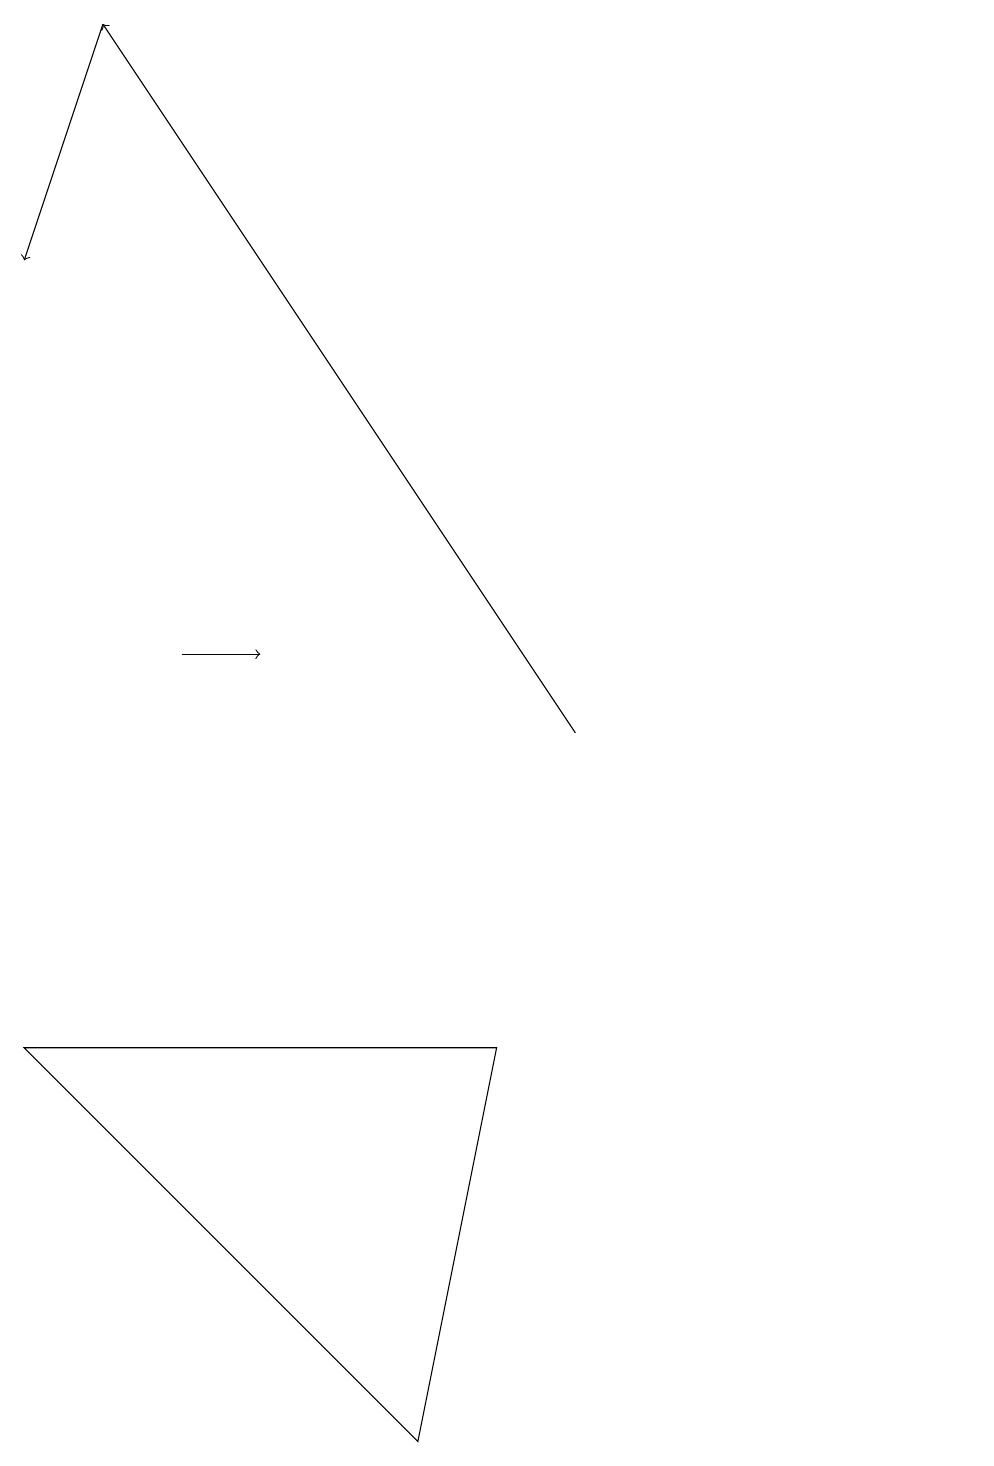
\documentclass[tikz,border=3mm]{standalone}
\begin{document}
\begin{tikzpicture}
\draw[->] (7,10) -- (1,19);
\draw (5,1) -- (6,6) -- (0,6) -- cycle;
\draw[->] (2,11) -- (3,11);
\draw (12,12) circle (0);
\draw[->] (1,19) -- (0,16);
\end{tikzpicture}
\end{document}